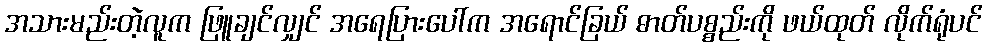
အသားမည်းတဲ့လူက ဖြူချင်လျှင် အရေပြားပေါ်က အရောင်ခြယ် ဓာတ်ပစ္စည်းကို ဖယ်ထုတ် လိုက်ရုံပင်